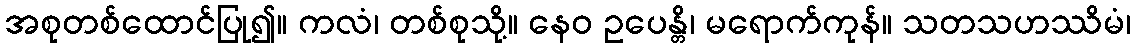
အစုတစ်ထောင်ပြု၍။ ကလံ၊ တစ်စုသို့။ နေဝ ဥပေန္တိ၊ မရောက်ကုန်။ သတသဟဿိမံ၊